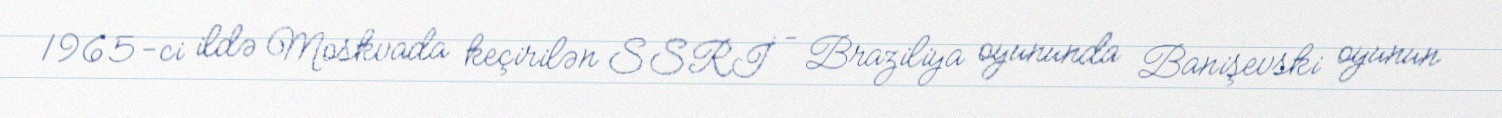
1965-ci ildə Moskvada keçirilən SSRİ – Braziliya oyununda Banişevski oyunun